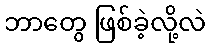
ဘာတွေ ဖြစ်ခဲ့လို့လဲ